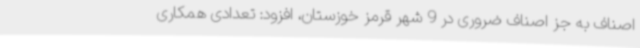
اصناف به جز اصناف ضروری در 9 شهر قرمز خوزستان، افزود: تعدادی همکاری